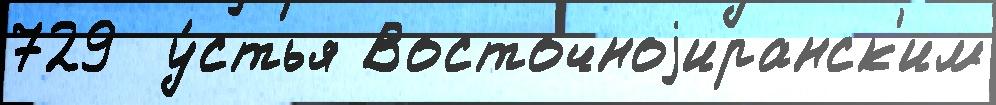
729  у́стья Восточноjиранск'им